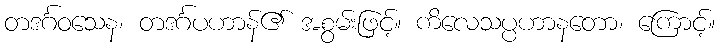
တဒင်္ဂဝသေန၊ တဒင်္ဂပဟာန်၏ အစွမ်းဖြင့်။ ကိလေသပ္ပဟာနတော၊ ကြောင့်။